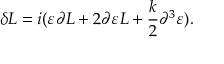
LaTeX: \delta L = i ( \varepsilon \partial L + 2 \partial \varepsilon L + { \frac { k } { 2 } } \partial ^ { 3 } \varepsilon ) .